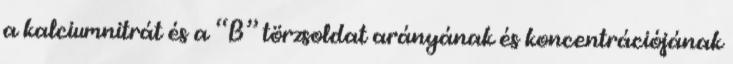
a kalciumnitrát és a “B” törzsoldat arányának és koncentrációjának